Lunatic asylums Burma 1907-21 - 1907-1921
Year: 1907
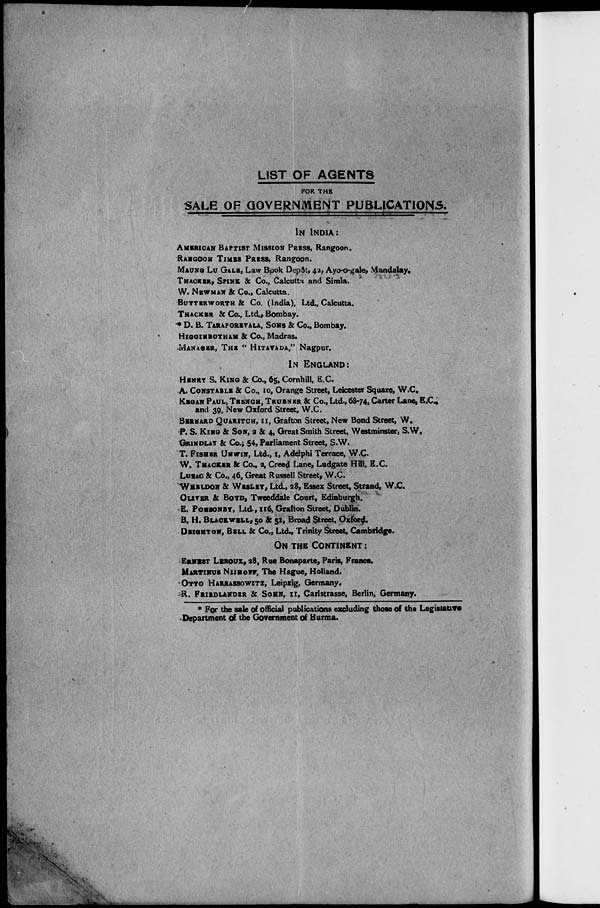
LIST OF AGENTS
FOR THE
SALE OF GOVERNMENT PUBLICATIONS.
IN INDIA:
AMERICAN BAPTIST MISSION PRESS, Rangoon.
RANGOON TIMES PRESS, Rangoon.
MAUNG LU GALE, Law Book Depôt, 42, Ayo-o-gale, Mandalay.
THACKER, SPINK & Co., Calcutta and Simla.
W. NEWMAN & Co., Calcutta.
BUTTERWORTH & Co. (India), Ltd., Calcutta.
THACKER & Co., Ltd., Bombay.
* D. B. TARAPOREVALA, SONS & Co., Bombay.
HIGGINBOTHAM & Co., Madras.
MANAGER, THE " HITAVADA," Nagpur.
IN ENGLAND:
HENRY S. KING & Co., 65, Cornhill, E.C.
A. CONSTABLE & Co., 10, Orange Street, Leicester Square, W.C.
KEGAN PAUL, TRENCH, TRUBNER & Co., Ltd., 68-74, Carter Lane, E.C.,
and 39, New Oxford Street, W.C.
BERNARD QUARITCH, 11, Grafton Street, New Bond Street, W.
P. S. KING SON, 2 & 4, Great Smith Street. Westminster, S.W.
GRINDLAY & Co., 54, Parliament Street, S.W.
T. FISHER UNWIN, Ltd., 1, Adelphi Terrace, W.C.
W. THACKER & Co., 2, Creed Lane, Ludgate Hill, E.C.
LUZAC & Co., 46, Great Russell Street, W.C.
WHELDON & WESLEY, Ltd., 28, Essex Street, Strand, W.C.
OLIVER & BOYD, Tweeddale Court, Edinburgh.
E. PONSONBY, Ltd., 116, Grafton Street, Dublin.
B. H. BLACKWELL, 50 & 51, Broad Street, Oxford.
DEIGHTON, BELL & Co., Ltd., Trinity Street, Cambridge.
ON THE CONTINENT :
ERNEST LEROUX, 28, Rue Bonaparte, Paris, France.
MARTINUS NIJHOFF, The Hague, Holland.
OTTO HARRASSOWITZ, Leipzig, Germany.
R. FRIEDLANDER & SOHN, 11, Carlstrasse, Berlin, Germany.
* For the sale of official publications excluding those of the Legislative
Department of the Government of Burma.